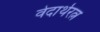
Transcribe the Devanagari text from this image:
वेदार्थरत्न